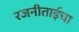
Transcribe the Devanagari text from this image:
रजनीताईचा